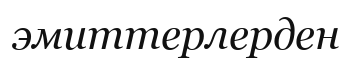
эмиттерлерден